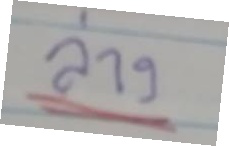
ล่าง